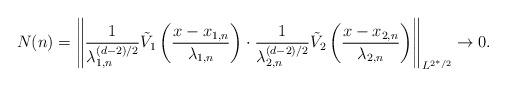
LaTeX: \begin{align*} N(n) = \left\|\frac{1}{\lambda_{1,n}^{(d-2)/2}} \tilde{V}_1 \left(\frac{x - x_{1,n}}{\lambda_{1,n}}\right)\cdot \frac{1}{\lambda_{2,n}^{(d-2)/2}} \tilde{V}_{2} \left(\frac{x - x_{2,n}}{\lambda_{2,n}}\right)\right\|_{L^{2^\ast/2}} \rightarrow 0.\end{align*}